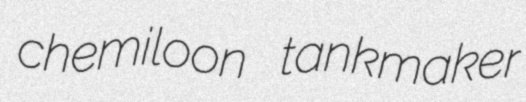
chemiloon tankmaker